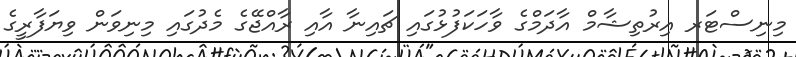
މިނިސްޓަރ އިރުތިޝާމް އާދަމްގެ ވާހަކަފުޅުގައި ޗައިނާ އާއި ރާއްޖޭގެ މެދުގައި މިނިވަން ވިޔަފާރީގެ